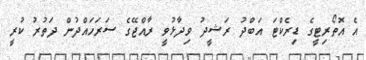
އެ އޮތޯރިޓީގެ ޑިރެކްޓަ އަބްދު ރަޝީދު ވިދާޅުވީ ރާއްޖޭގެ ސަރަހައްދުން ދަތުރު ކުރީ